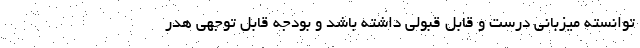
توانسته میزبانی درست و قابل قبولی داشته باشد و بودجه قابل توجهی هدر